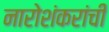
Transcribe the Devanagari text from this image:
नारोशंकरांची